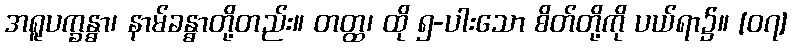
အရူပက္ခန္ဓာ၊ နာမ်ခန္ဓာတို့တည်း။ တတ္ထ၊ ထို ၅-ပါးသော စိတ်တို့ကို ပယ်ရာ၌။ [၀၇]